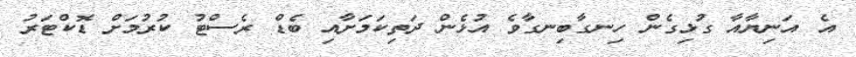
އެ އަނިޔާއާ ގުޅިގެން ހިނގާބިނގާވެ އުޅެން ދަތިކަމަށާއި ބެޑް ރެސްޓު ކުރުމަށް ޑޮކްޓަރު